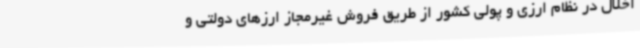
اخلال در نظام ارزی و پولی کشور از طریق فروش غیرمجاز ارزهای دولتی و